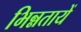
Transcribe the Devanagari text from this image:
भिन्नतायें